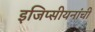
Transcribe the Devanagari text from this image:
इजिप्सीयनांची